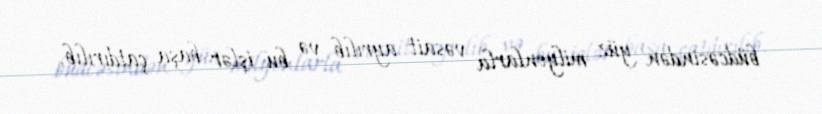
büdcəsindən yüz milyonlarla vəsait ayrılıb və bu işlər başa çatdırılıb.